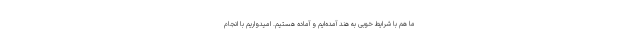
ما هم با شرایط خوبی به هند آمده‌ایم و آماده هستیم. امیدواریم با انجام